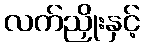
လက်ညှိုးနှင့်